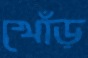
খোঁড়